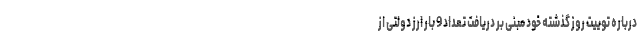
درباره توییت روز گذشته خود مبنی بر دریافت تعداد 9 بار ارز دولتی از